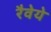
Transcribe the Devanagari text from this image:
रैवेये